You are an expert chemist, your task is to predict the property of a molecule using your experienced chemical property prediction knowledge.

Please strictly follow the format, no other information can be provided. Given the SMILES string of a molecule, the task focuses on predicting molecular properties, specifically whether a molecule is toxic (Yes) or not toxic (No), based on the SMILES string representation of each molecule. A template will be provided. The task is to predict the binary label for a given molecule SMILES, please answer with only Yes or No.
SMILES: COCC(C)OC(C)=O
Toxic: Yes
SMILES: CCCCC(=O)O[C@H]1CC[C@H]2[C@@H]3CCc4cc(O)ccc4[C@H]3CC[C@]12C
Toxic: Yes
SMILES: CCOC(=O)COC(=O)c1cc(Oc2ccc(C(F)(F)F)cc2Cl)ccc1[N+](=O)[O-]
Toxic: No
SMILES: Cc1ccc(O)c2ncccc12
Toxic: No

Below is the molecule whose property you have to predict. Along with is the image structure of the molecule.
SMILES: O=C(O)COCCN1CCN(C(c2ccccc2)c2ccc(Cl)cc2)CC1
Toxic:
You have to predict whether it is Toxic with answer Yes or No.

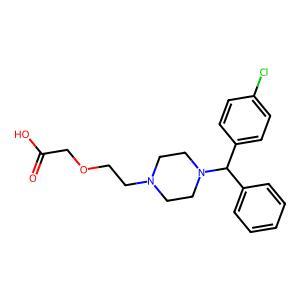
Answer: No